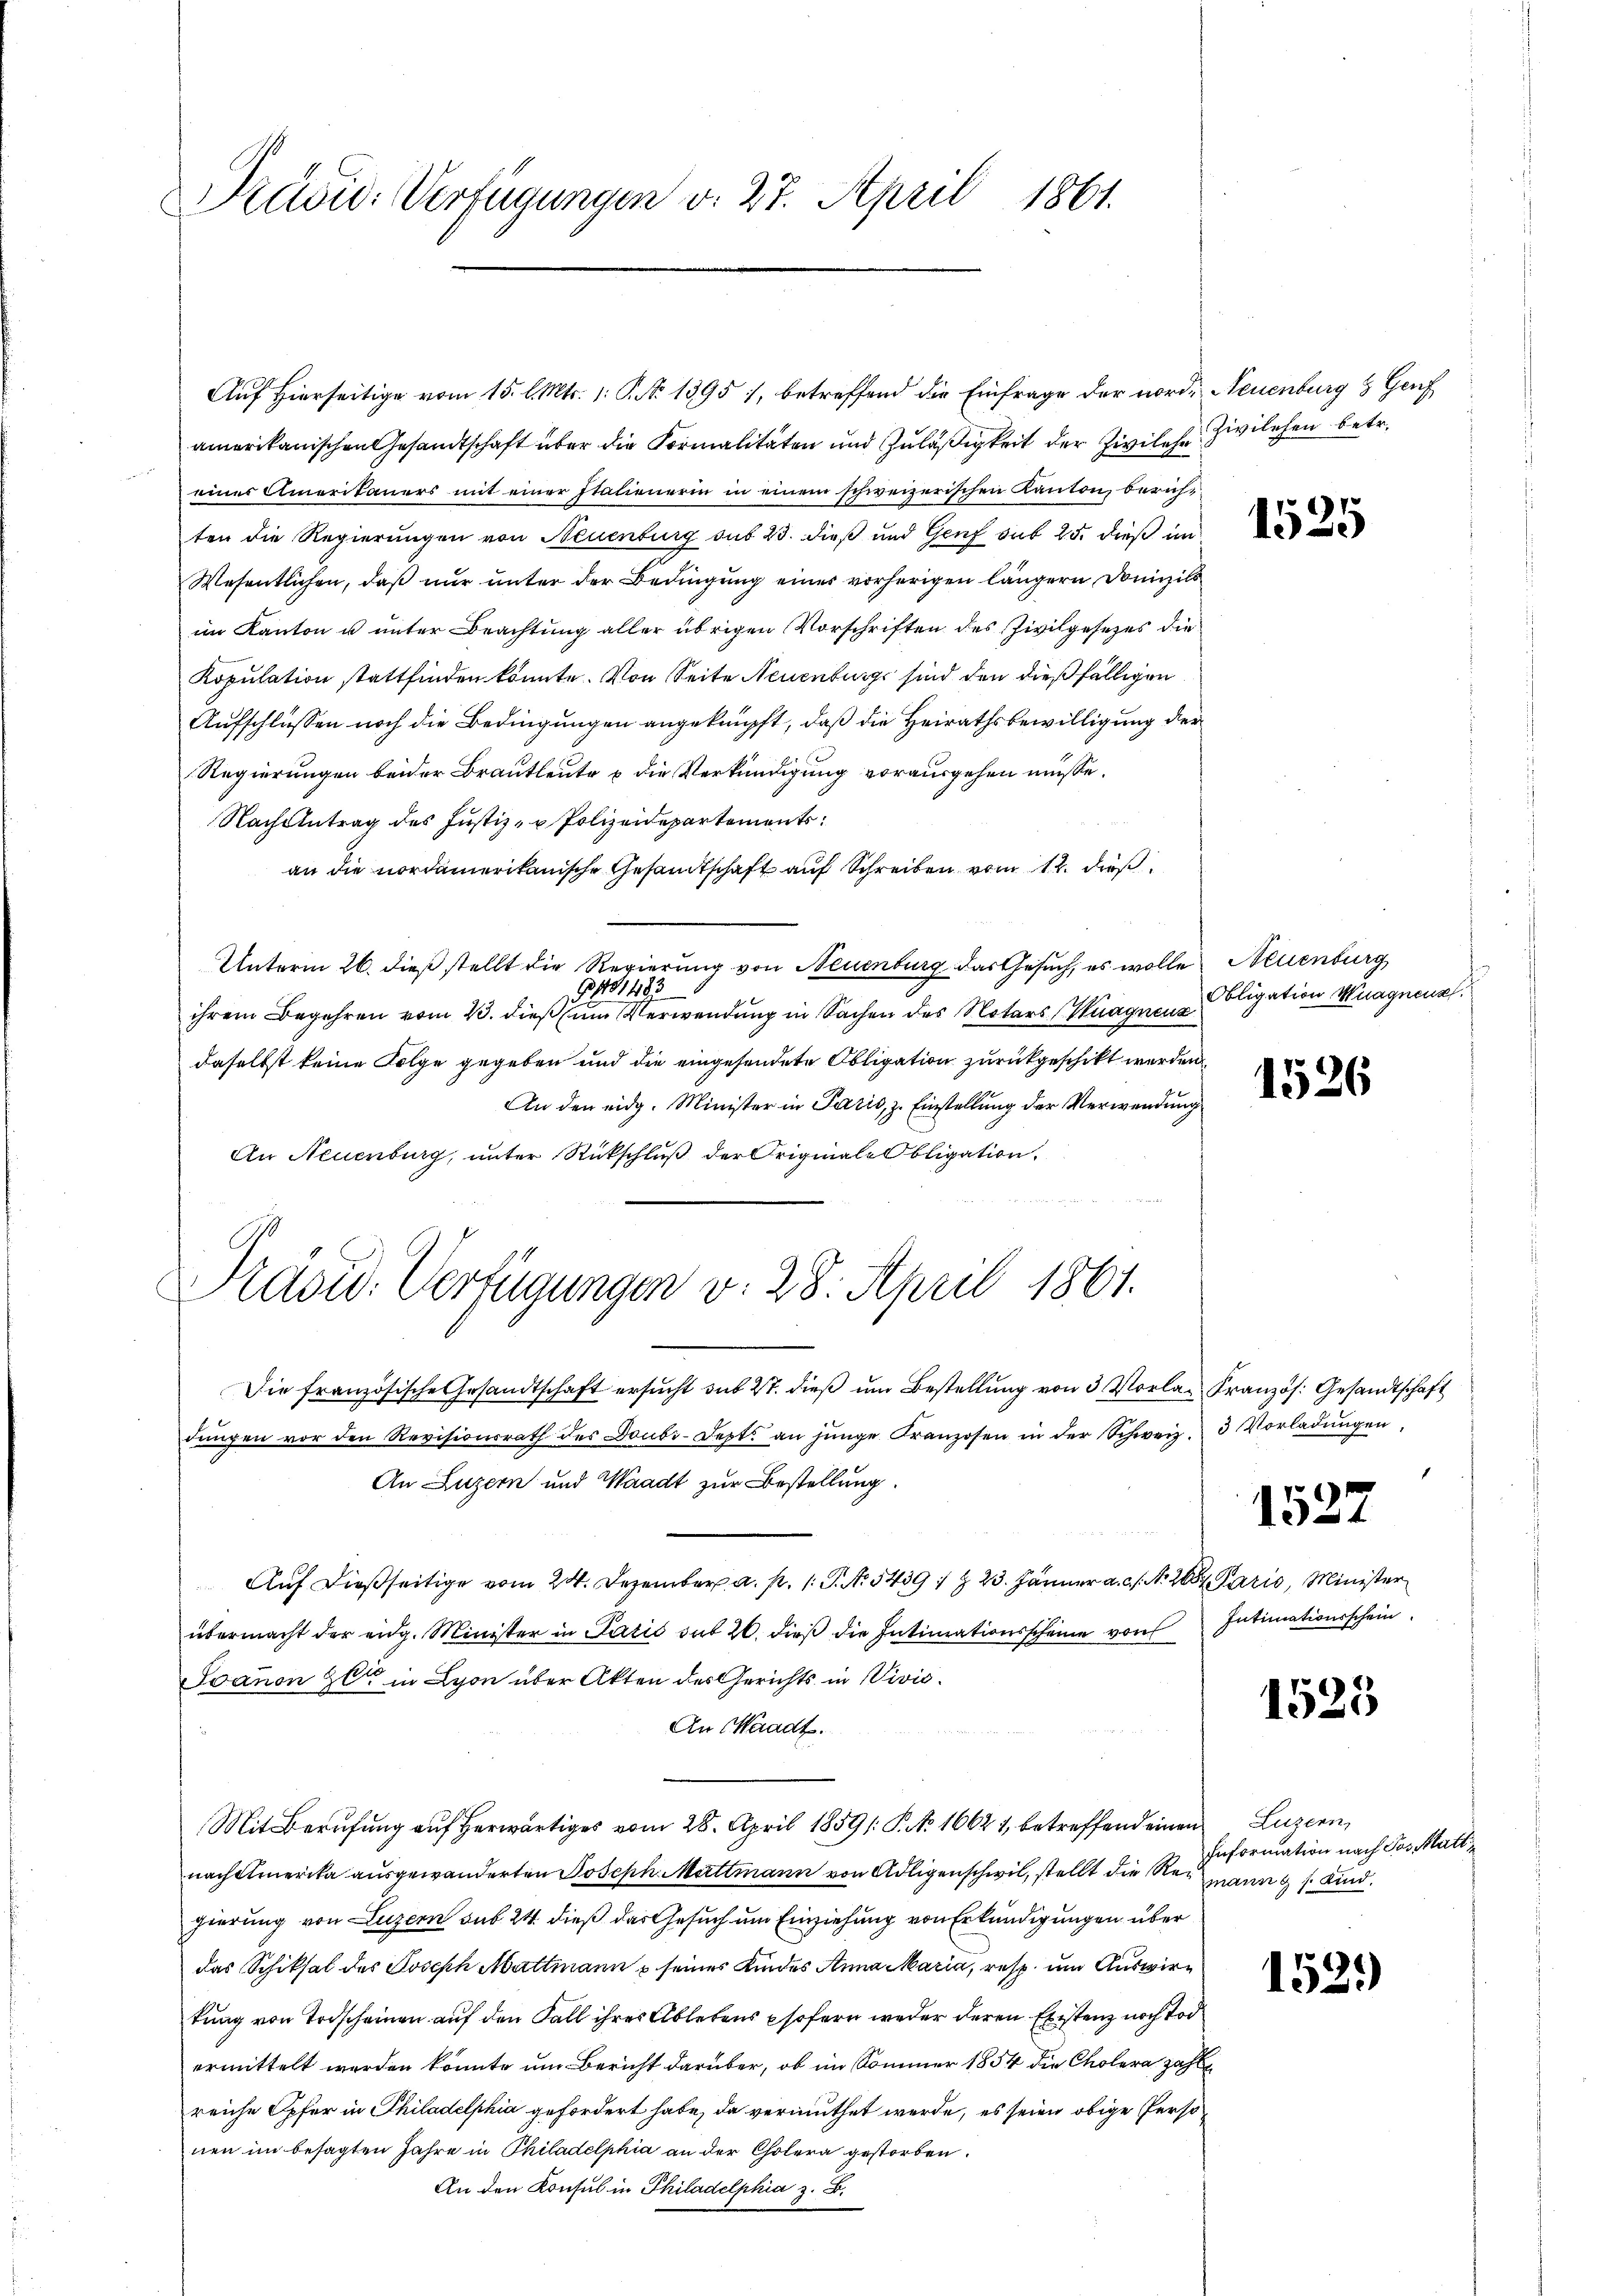
Präsid. Verfügungen v. 27. April 1861.

Auf Hierseitige vom 15. l. Mts. 1: P. Nr. 1395 1, betreffend die Einfrage der nord. Neuenburg & Gef
amerikanischen Gesandtschaft über die Formalitäten und Zuläßigkeit der Zivilehe
eines Amerikaners mit einer Stationerin in einem schweizerischen Kanton, berichten die Regierungen von Neuenburg sub 23. dieß und Genf sub 25. dieß im
Wesentlichen, daß nur unter der Bedingung eines vorherigen längern Domizils
im Kanton u unter Beachtung aller übrigen Vorschriften des Zivilgesetzes die
Kopulation stattfinden könnte. Von Seite Neuenburgs sind den dießfälligen
Aufschlüssen noch die Bedingungen angeknüpft, daß die Heirathsbewilligung der
Regierungen beider Brautleute u die Verkündigung vorausgehen müsse.
Nach Antrag des Justiz- u Polizeidepartements
an die nordamerikanische Gesandtschaft auf Schreiben vom 12. dieß
Unterm 26. dieß stellt die Regierung von Neuenburg das Gesuch, es wolle Neuenburg
1433
ihrem Begehren vom 23. dieß um Verwendung in Sachen des Notars (Wagnenz
daselbst keine Folge gegeben und die eingesendete Obligation zurückgeschickt werden
An den eidg. Minister in Paris, z. Einstellung der Verwendung
An Neuenburg, unter Rückschluß der Original-Obligation
e

Präsid. Verfügungen v. 28. April 1861.

Zivilehen betr.

Die französische Gesandtschaft ersucht sub 27. dieß um Bestellung von 3 Vorlag Französ. Gesandtschaft
dŭngen vor den Revisionsrath des Doubr. Sept. an jünge Franzosen in der Schweiz. 3 Vorladŭngen,
An Luzern und Waadt zur Bestellung.
Auf dießseitige vom 24. Dezember a. p. 1. P. Nr. 5439, § 23. Jänner a. c. No. 2687 Paris, Minister
übermacht der eidg. Minister in Patić sub 20. dieß die Intimationsscheine von
Ioanon ce in Lyon über Akten des Gerichts in Vivić.
An Waadt.
Mit Berŭfŭng aŭf herwärtiges vom 28. April 1859/: P. Nr. 1662 1, betreffend einen Luzern,
nächstmerika ausgewanderten Joseph Mettmann von Adligenschwil, stellt die Regung s. Kind.
gierung von Luzern sub 24 dieß das Gesuch um Einziehung von Erkundigungen über
das Schiksal des Joseph Mattmann seines Kindes Anna Maria, resp. um Auswirtung von Todscheinen auf den Fall ihres Ablebens psofern weder deren Existenz noch Tod
ermittelt werden könnte um Bericht darüber, ob im Sommer 1854 die Cholera zahl
reiche Opfer in Philadelphia gefordert habe, da vermuthet werde, es seien obige Personen im besagten Jahre in Philadelphia an der Cholera gestorben.
An den Konsul in Philadelphia z. B.

1525

Obligation Wagnenz

1526

1527

Intimationsschein

1525

Information nach das Matt¬

1529)